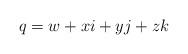
LaTeX: \begin{align*}q = w + xi + yj + zk\end{align*}